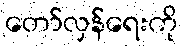
တော်လှန်ရေးကို